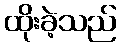
ထိုးခဲ့သည်